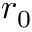
r _ { 0 }